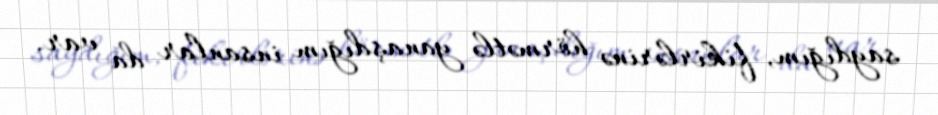
saydığım, fikirlərinə hörmətlə yanaşdığım insanlar da var.